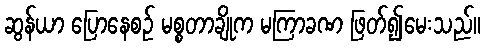
ဆွန်ယာ ပြောနေစဉ် မစ္စတာချိုက မကြာခဏ ဖြတ်၍မေးသည်။